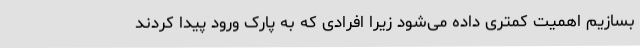
بسازیم اهمیت کمتری داده می‌شود زیرا افرادی که به پارک ورود پیدا کردند